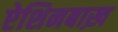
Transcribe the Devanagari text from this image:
ऐशिनबाख़